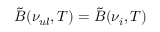
\tilde { B } ( \nu _ { u l } , T ) = \tilde { B } ( \nu _ { i } , T )